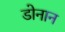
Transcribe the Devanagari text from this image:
डोनान